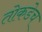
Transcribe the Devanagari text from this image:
तोकडेच